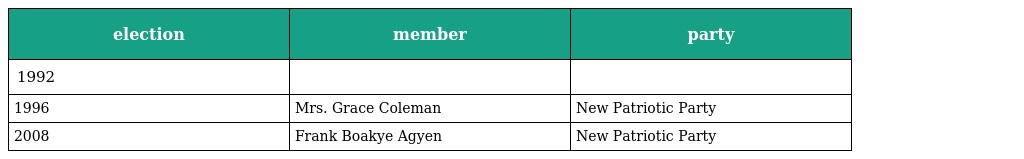
| election | member | party |
 | --- | --- | --- |
 | 1992 |  |  |
 | 1996 | Mrs. Grace Coleman | New Patriotic Party |
 | 2008 | Frank Boakye Agyen | New Patriotic Party |